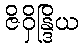
ဇိဝှိန္ဒြိယ